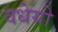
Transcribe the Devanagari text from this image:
वधेयो